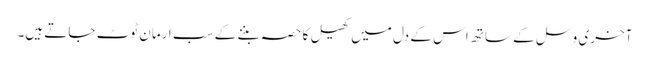
آخری وسل کے ساتھ اس کے دل میں کھیل کا حصہ بننے کے سب ارمان ٹوٹ جاتے ہیں۔